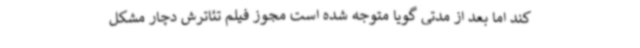
کند اما بعد از مدتی گویا متوجه شده است مجوز فیلم تئاترش دچار مشکل